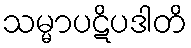
သမ္မာပဋိပဒါတိ